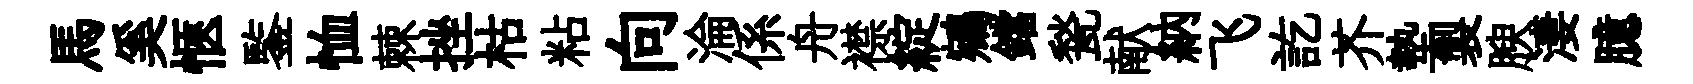
馬奚愜鍳恤棘挫枯粘向淪係舟襟綻鵷鐺甃献納飞訖芥墊製腴淒臆